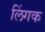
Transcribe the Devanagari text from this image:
लिंगक